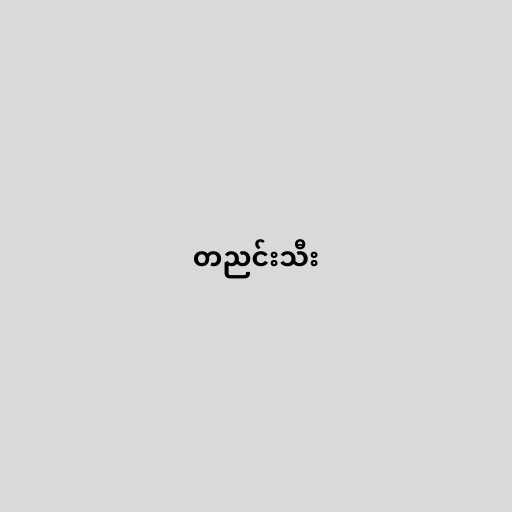
တညင်းသီး